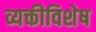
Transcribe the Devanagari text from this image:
व्यक्तीविशेष